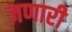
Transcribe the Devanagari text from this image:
जणारी